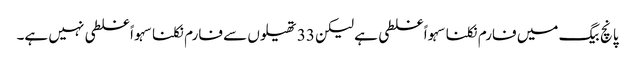
پانچ بیگ میں فارم نکلنا سہواً غلطی ہے لیکن 33 تھیلوں سے فارم نکلنا سہواً غلطی نہیں ہے۔